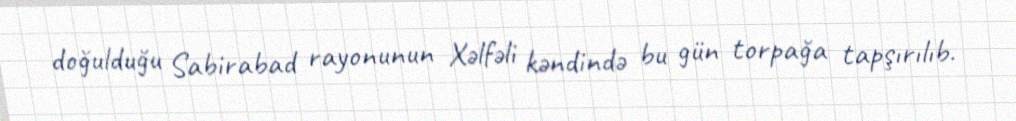
doğulduğu Sabirabad rayonunun Xəlfəli kəndində bu gün torpağa tapşırılıb.